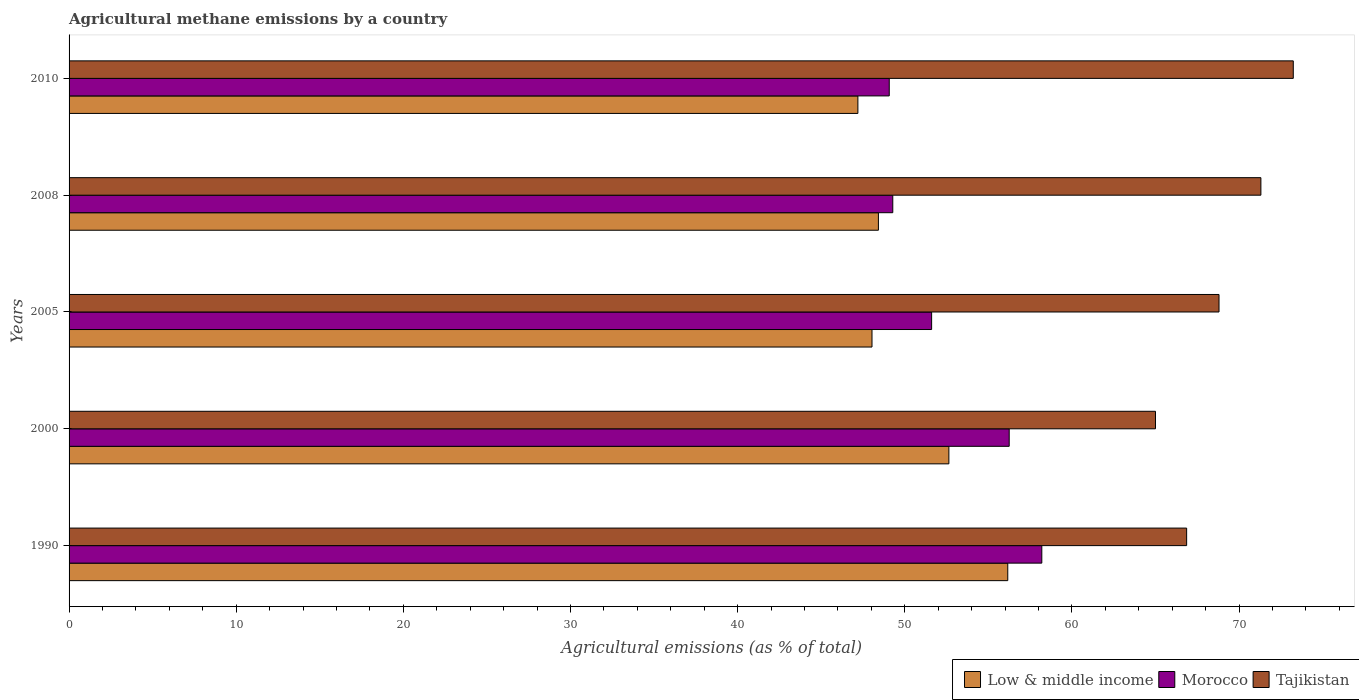
| Years | Low & middle income | Morocco | Tajikistan |
 | --- | --- | --- | --- |
 | 1990 | 56.2 | 58.2 | 66.9 |
 | 2000 | 52.6 | 56.2 | 65 |
 | 2005 | 48 | 51.6 | 68.8 |
 | 2008 | 48.4 | 49.3 | 71.3 |
 | 2010 | 47.2 | 49.1 | 73.2 |